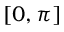
[ 0 , \pi ]